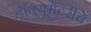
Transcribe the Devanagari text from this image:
डॉक्यूमेंटरीचे